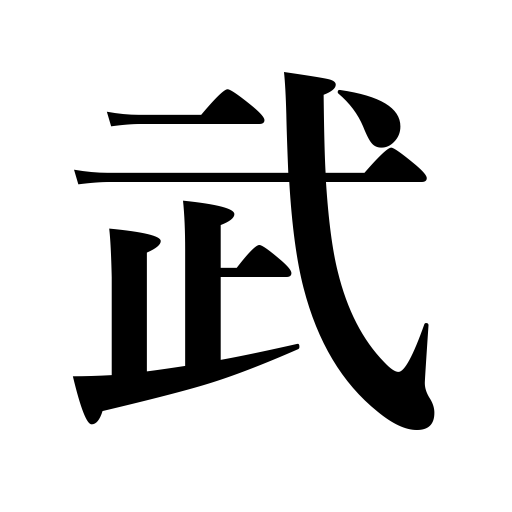
Meanings: chivalry,military arts,military affairs,military power,military glory,arms